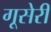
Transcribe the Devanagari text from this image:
गूसेरी